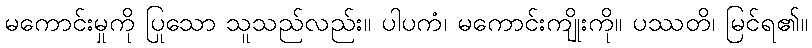
မကောင်းမှုကို ပြုသော သူသည်လည်း။ ပါပကံ၊ မကောင်းကျိုးကို။ ပဿတိ၊ မြင်ရ၏။